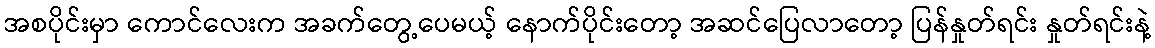
အစပိုင်းမှာ ကောင်လေးက အခက်တွေ့ပေမယ့် နောက်ပိုင်းတော့ အဆင်ပြေလာတော့ ပြန်နှုတ်ရင်း နှုတ်ရင်းနဲ့